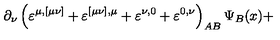
\partial _ { \nu } \left( \varepsilon ^ { \mu , [ \mu \nu ] } + \varepsilon ^ { [ \mu \nu ] , \mu } + \varepsilon ^ { \nu , 0 } + \varepsilon ^ { 0 , \nu } \right) _ { A B } \Psi _ { B } ( x ) +